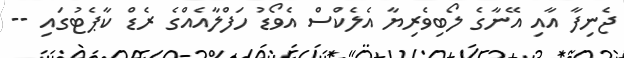
ޖެނިފާ އާއި އޭނާގެ ލޯބިވެރިޔާ އެލެކްސް އެވޯޑު ހަފްލާއެއްގެ ރެޑް ކާޕެޓުގައި --